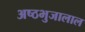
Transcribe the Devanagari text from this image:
अष्ठभुजालाल